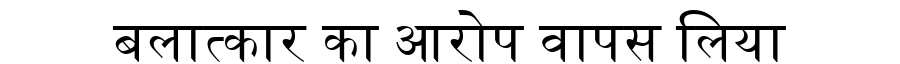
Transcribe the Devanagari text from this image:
बलात्कार का आरोप वापस लिया